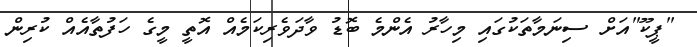
"ޕީކޫ"އަށް ސިނަމާތަކުގައި މިހާރު އެންމެ ބޮޑު ވާދަވެރިކަމެއް އޮތީ މީގެ ހަފުތާއެއް ކުރިން